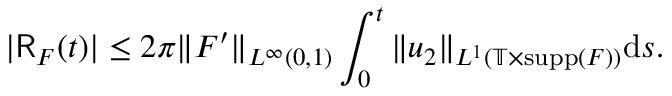
| \mathsf { R } _ { F } ( t ) | \leq 2 \pi \| F ^ { \prime } \| _ { L ^ { \infty } ( 0 , 1 ) } \int _ { 0 } ^ { t } \| u _ { 2 } \| _ { L ^ { 1 } ( \mathbb { T } \times \mathrm { s u p p } ( F ) ) } \mathrm { d } s .